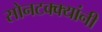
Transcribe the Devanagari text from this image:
सोनटक्क्यांनी